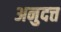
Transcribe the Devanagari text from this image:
अनुदत्त